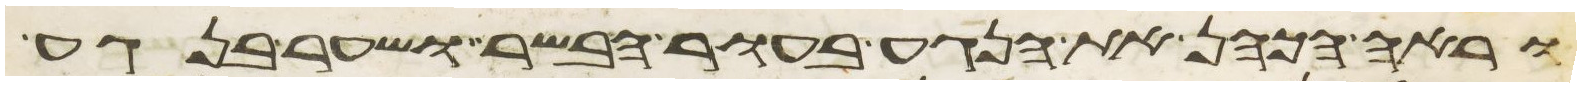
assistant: וראה הכהן את הנגע בעור הבשר ושער בנגע